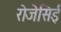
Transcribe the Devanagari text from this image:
रोजेसिई